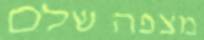
מצפה שלם